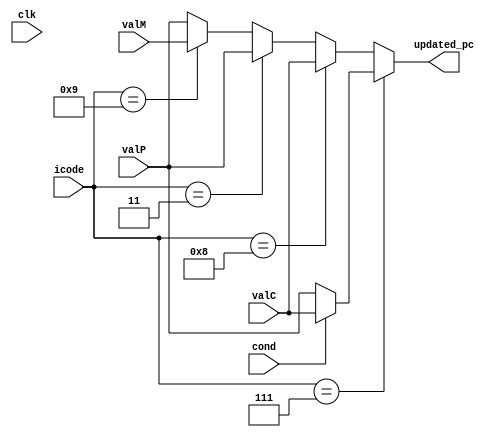
`timescale 1ns / 1ps

module pc_update(
  clk,valP,valC,updated_pc,icode,valM,cond
);
input clk,cond;
input[3:0]icode;
input [63:0] valP,valM,valC;
output reg [63:0] updated_pc;

  always@(*)
  begin
    // $display("hgjhkj=%d",icode);
    
    if(icode==4'b0111) //jump
    begin
        // $display("updated pc=%d",updated_pc);
      if(cond==1'b1)
      begin
        updated_pc=valC;
         $monitor("clk=%d  PC=%d  valp=%d valcjumpvalc=%d\n",clk,updated_pc,valP,valC);
      end
      else
      begin
        updated_pc=valP;
         $monitor("clk=%d  PC=%d  valp=%d valcjumpvalp=%d\n",clk,updated_pc,valP,valC);
      end
    end
    else if(icode==4'b1000) //call
    begin
      updated_pc=valC;
       $monitor("clk=%d  PC=%d  valp=%d valccall=%d\n",clk,updated_pc,valP,valC);
    end
    else if(icode==4'b0011) //call
    begin
      updated_pc=valP;
          $display("hgjhktfyjgkuhlijokj=%d",updated_pc);
      //  $monitor("clk=%d  PC=%d  valp=%d valccall=%d\n",clk,updated_pc,valP,valC);
    end
    else if(icode==4'b1001) //ret
    begin
      updated_pc=valM;
       $monitor("clk=%d  PC=%d  valp=%d valcreturn=%d\n",clk,updated_pc,valP,valC);
    end
    else if(icode==4'b0000) //nope
    begin
      updated_pc=valP;
       $monitor("clk=%d  PC=%d  valp=%d valcnope=%d\n",clk,updated_pc,valP,valC);
    end
    else
    begin
      updated_pc=valP;
      // $display("updated pc=%d",updated_pc);
    		 $monitor("clk=%d  PC=%d  valp=%d valcelse=%d icode=%d\n",clk,updated_pc,valP,valC,icode);
    end

  end

endmodule